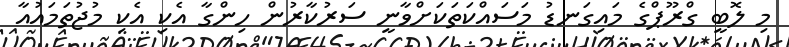
މި ލޮބީ ގްރޫޕްގެ މައިގަނޑު މަސައްކަތަކަށްވާނީ ސަރުކާރުން ހިންގާ އެކި އެކި މުޖުތަމައުއާ